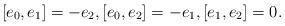
LaTeX: \begin{align*}[e_0,e_1]=-e_2,[e_0,e_2]=-e_1,[e_1,e_2]=0.\end{align*}